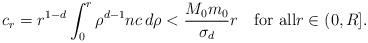
LaTeX: \begin{align*}c_{r}=r^{1-d}\int_{0}^{r}\rho^{d-1}nc\,d\rho < \frac{M_{0}m_{0}}{\sigma_{d}}r \quad\mbox{for all}r\in(0,R].\end{align*}